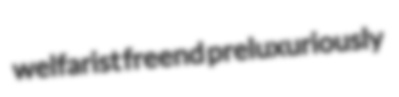
welfarist freend preluxuriously